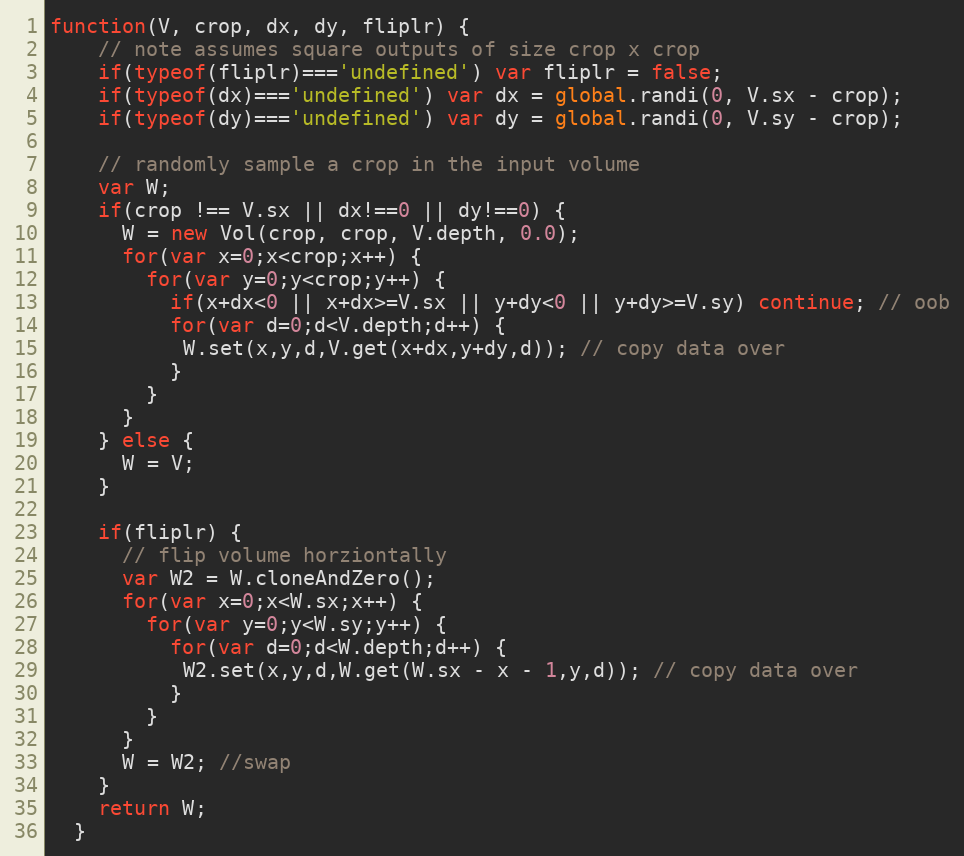
Language: JavaScript
function(V, crop, dx, dy, fliplr) {
    // note assumes square outputs of size crop x crop
    if(typeof(fliplr)==='undefined') var fliplr = false;
    if(typeof(dx)==='undefined') var dx = global.randi(0, V.sx - crop);
    if(typeof(dy)==='undefined') var dy = global.randi(0, V.sy - crop);

    // randomly sample a crop in the input volume
    var W;
    if(crop !== V.sx || dx!==0 || dy!==0) {
      W = new Vol(crop, crop, V.depth, 0.0);
      for(var x=0;x<crop;x++) {
        for(var y=0;y<crop;y++) {
          if(x+dx<0 || x+dx>=V.sx || y+dy<0 || y+dy>=V.sy) continue; // oob
          for(var d=0;d<V.depth;d++) {
           W.set(x,y,d,V.get(x+dx,y+dy,d)); // copy data over
          }
        }
      }
    } else {
      W = V;
    }

    if(fliplr) {
      // flip volume horziontally
      var W2 = W.cloneAndZero();
      for(var x=0;x<W.sx;x++) {
        for(var y=0;y<W.sy;y++) {
          for(var d=0;d<W.depth;d++) {
           W2.set(x,y,d,W.get(W.sx - x - 1,y,d)); // copy data over
          }
        }
      }
      W = W2; //swap
    }
    return W;
  }